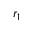
r _ { 1 }